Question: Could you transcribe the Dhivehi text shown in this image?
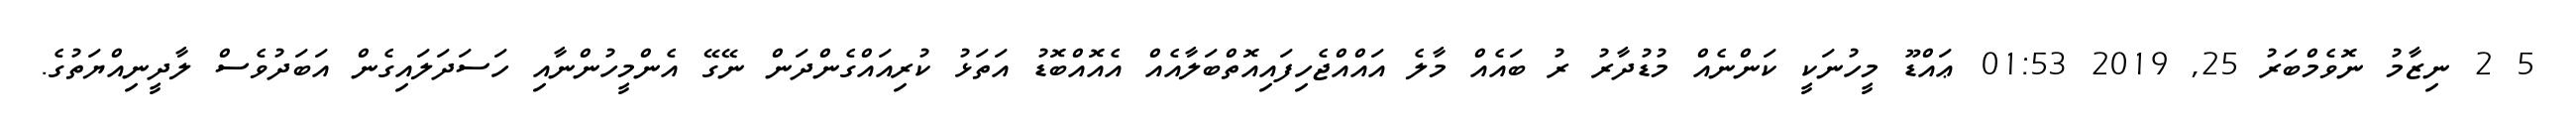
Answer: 5 2 ނިޒާމު ނޮވެމްބަރު 25, 2019 01:53 ޢައްޑޫ މީހުނަކީ ކަންނެއް މުޑުދާރު ރު ބައެއް މާލެ އައްއްޖެހިފައިއޮތްބަލާއެއް އެއޮއްބޮޑު އަތަޅު ކުރިއައްގެންދަން ނޭގޭ އެންމީހުންނާއި ހަސަދަލައިގެން އަބަދުވެސް ލާދީނިއްޔަތުގެ.